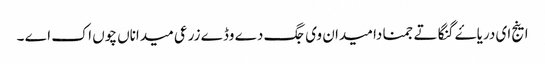
اینج ای دریاۓ گنگا تے جمنا دا میدان وی جگ دے وڈے زرعی میداناں چوں اک اے ۔